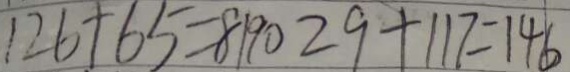
1 2 6 + 6 5 = 8 1 9 0 2 9 + 1 1 7 = 1 4 6